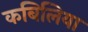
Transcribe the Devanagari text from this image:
कबिलिया